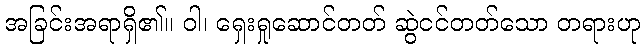
အခြင်းအရာရှိ၏။ ဝါ၊ ရှေးရှုဆောင်တတ် ဆွဲငင်တတ်သော တရားဟု